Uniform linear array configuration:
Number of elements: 4
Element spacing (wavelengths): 1
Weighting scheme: hamming
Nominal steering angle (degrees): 45
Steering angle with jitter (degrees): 46.486
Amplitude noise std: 0.05
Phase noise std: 0.05

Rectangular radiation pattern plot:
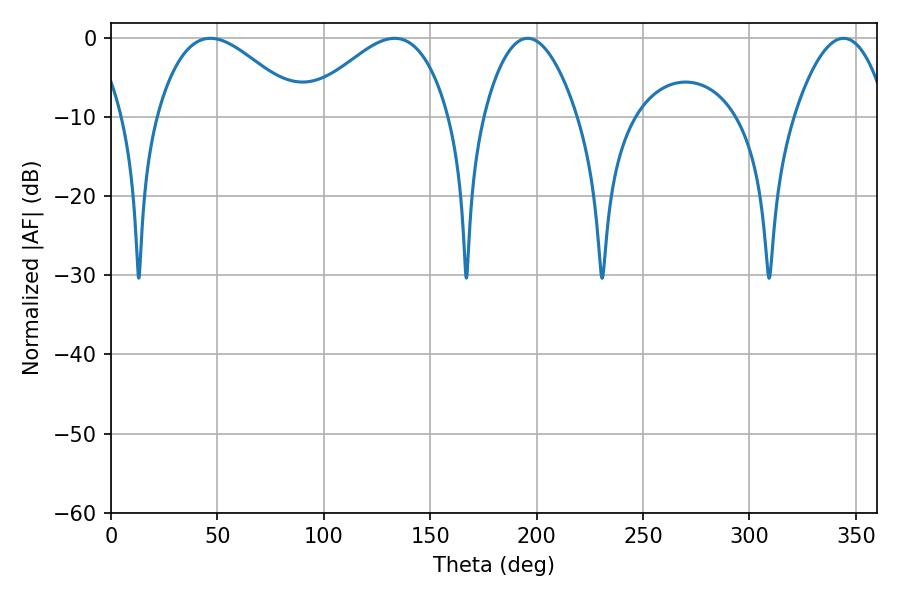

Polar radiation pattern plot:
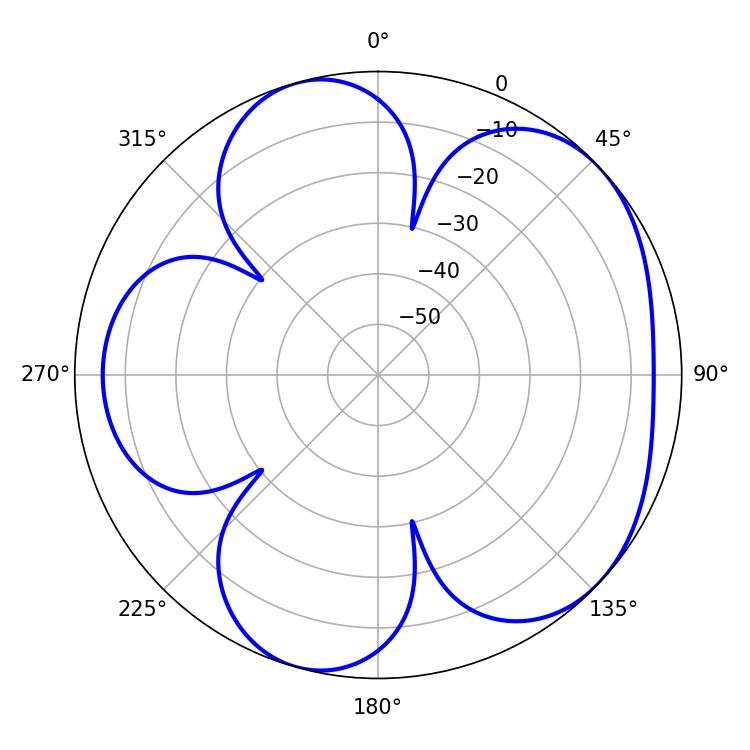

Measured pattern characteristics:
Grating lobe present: TRUE
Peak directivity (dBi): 4.996
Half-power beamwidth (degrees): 36.72
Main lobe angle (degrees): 46.8